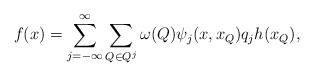
LaTeX: \begin{align*} \begin{aligned} f(x)=\sum\limits_{j=-\infty}^\infty\sum\limits_{Q\in Q^j}\omega(Q) \psi_{j}(x,x_{Q})q_{j} h(x_{Q}), \end{aligned} \end{align*}